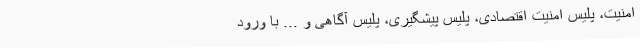
امنیت، پلیس امنیت اقتصادی، پلیس پیشگیری، پلیس آگاهی و ... با ورود